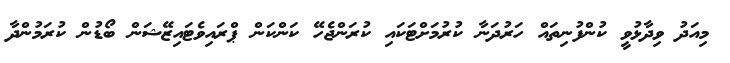
މިއަދު ވިދާޅުވީ ކުންފުނިތައް ހަރުދަނާ ކުރުމަށްޓަކައި ކުރަންޖެހޭ ކަންކަން ޕްރައިވެޓައިޒޭޝަން ބޯޑުން ކުރަމުންދާ